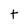
Character: t